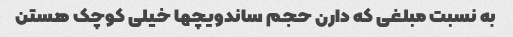
به نسبت مبلغی که دارن حجم ساندویچها خیلی کوچک هستن